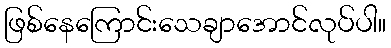
ဖြစ်နေကြောင်းသေချာအောင်လုပ်ပါ။